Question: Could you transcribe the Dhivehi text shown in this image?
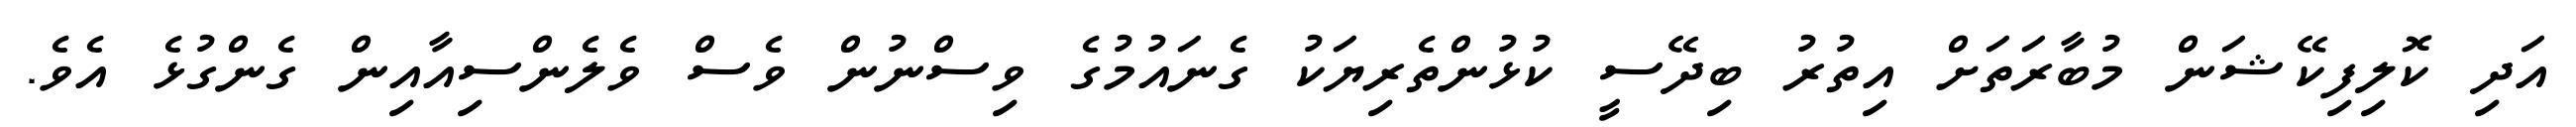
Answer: އަދި ކޮލިފިކޭޝަން މުބާރަތަށް އިތުރު ބިދޭސީ ކުޅުންތެރިޔަކު ގެނައުމުގެ ވިސްނުން ވެސް ވެލެންސިއާއިން ގެންގުޅެ އެވެ.